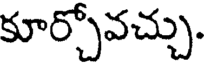
కూర్చోవచ్చు.